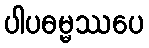
ပါပဓမ္မဿပေ